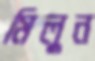
মিলুন